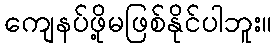
ကျေနပ်ဖို့မဖြစ်နိုင်ပါဘူး။